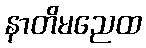
နာတိမညေထ